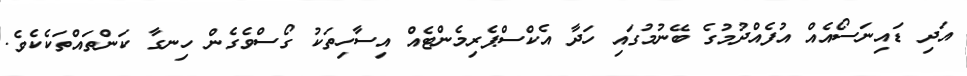
އަދި ޑައިނަސޯއެއް އުފެއްދުމުގެ ބޭނުމުގައި ހަދާ އެކްސްޕެރިމެންޓެއް އިސާހިތަކު ގޯސްވެގެން ހިނގާ ކަންތައްތަކެކެވެ.